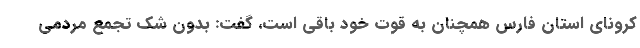
کرونای استان فارس همچنان به قوت خود باقی است، گفت: بدون شک تجمع مردمی